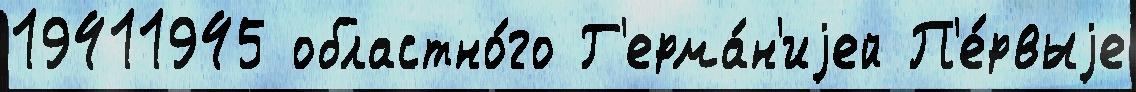
19411945 областно́го Г'ерма́н'иjей П'е́рвыjе